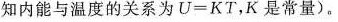
知内能与温度的关系为U=KT，K是常量)。